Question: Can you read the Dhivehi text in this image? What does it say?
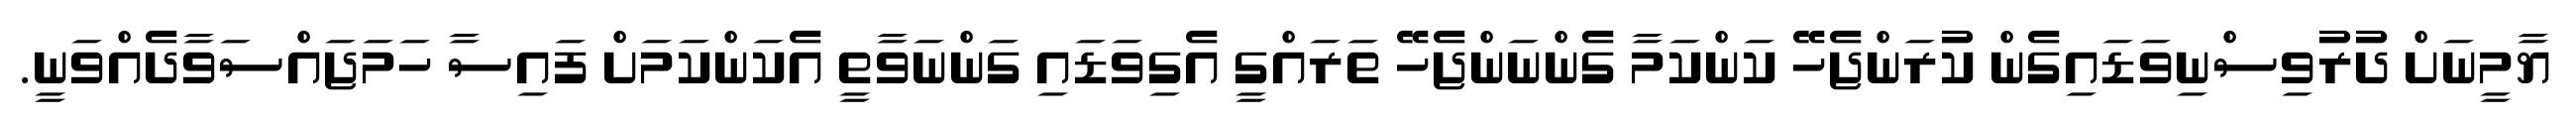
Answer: ޔާމީނަށް ދުރުވިސްނިވަޑައިގެން ކުރަންޖެހޭ ކަންކަމާ ގެންނަންޖެހޭ ތަރައްގީ އެގިވަޑައި ގަންނަވާތީ އެކަންކަމަށް ފައިސާ ހަމަޖައްސަވާދެއްވަނީ.